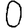
Digit: 0